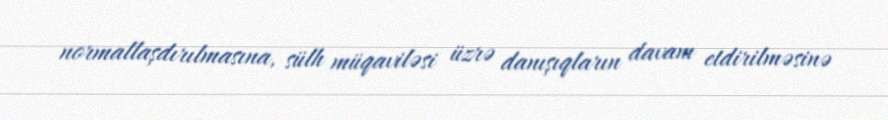
normallaşdırılmasına, sülh müqaviləsi üzrə danışıqların davam etdirilməsinə